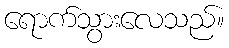
ရောက်သွားလေသည်။